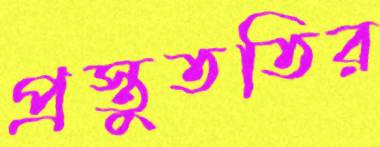
প্রস্তুততির